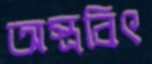
অস্ত্রবিৎ